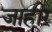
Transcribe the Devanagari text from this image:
जाही्र